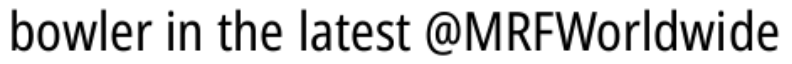
bowler in the latest @MRFWorldwide